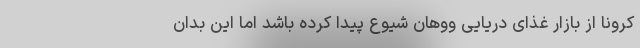
کرونا از بازار غذای دریایی ووهان شیوع پیدا کرده باشد اما این بدان